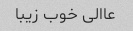
عاالی خوب زیبا